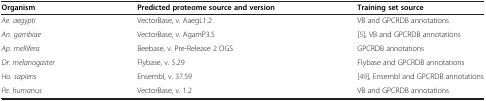
<table><thead><tr><td><b>Organism</b></td><td><b>Predicted proteome source and version</b></td><td><b>Training set source</b></td></tr></thead><tbody><tr><td><i>Ae. aegypti</i></td><td>VectorBase, v. AaegL1.2</td><td>VB and GPCRDB annotations</td></tr><tr><td><i>An. gambiae</i></td><td>VectorBase, v. AgamP3.5</td><td>[5], VB and GPCRDB annotations</td></tr><tr><td><i>Ap. mellifera</i></td><td>Beebase, v. Pre-Release 2 OGS</td><td>GPCRDB annotations</td></tr><tr><td><i>Dr. melanogaster</i></td><td>Flybase, v. 5.29</td><td>Flybase and GPCRDB annotations</td></tr><tr><td><i>Ho. sapiens</i></td><td>Ensembl, v. 37.59</td><td>[49], Ensembl and GPCRDB annotations</td></tr><tr><td><i>Pe. humanus</i></td><td>VectorBase, v. 1.2</td><td>VB and GPCRDB annotations</td></tr></tbody></table>